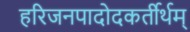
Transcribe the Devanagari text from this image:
हरिजनपादोदकर्तीर्थम्‌